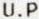
U.P